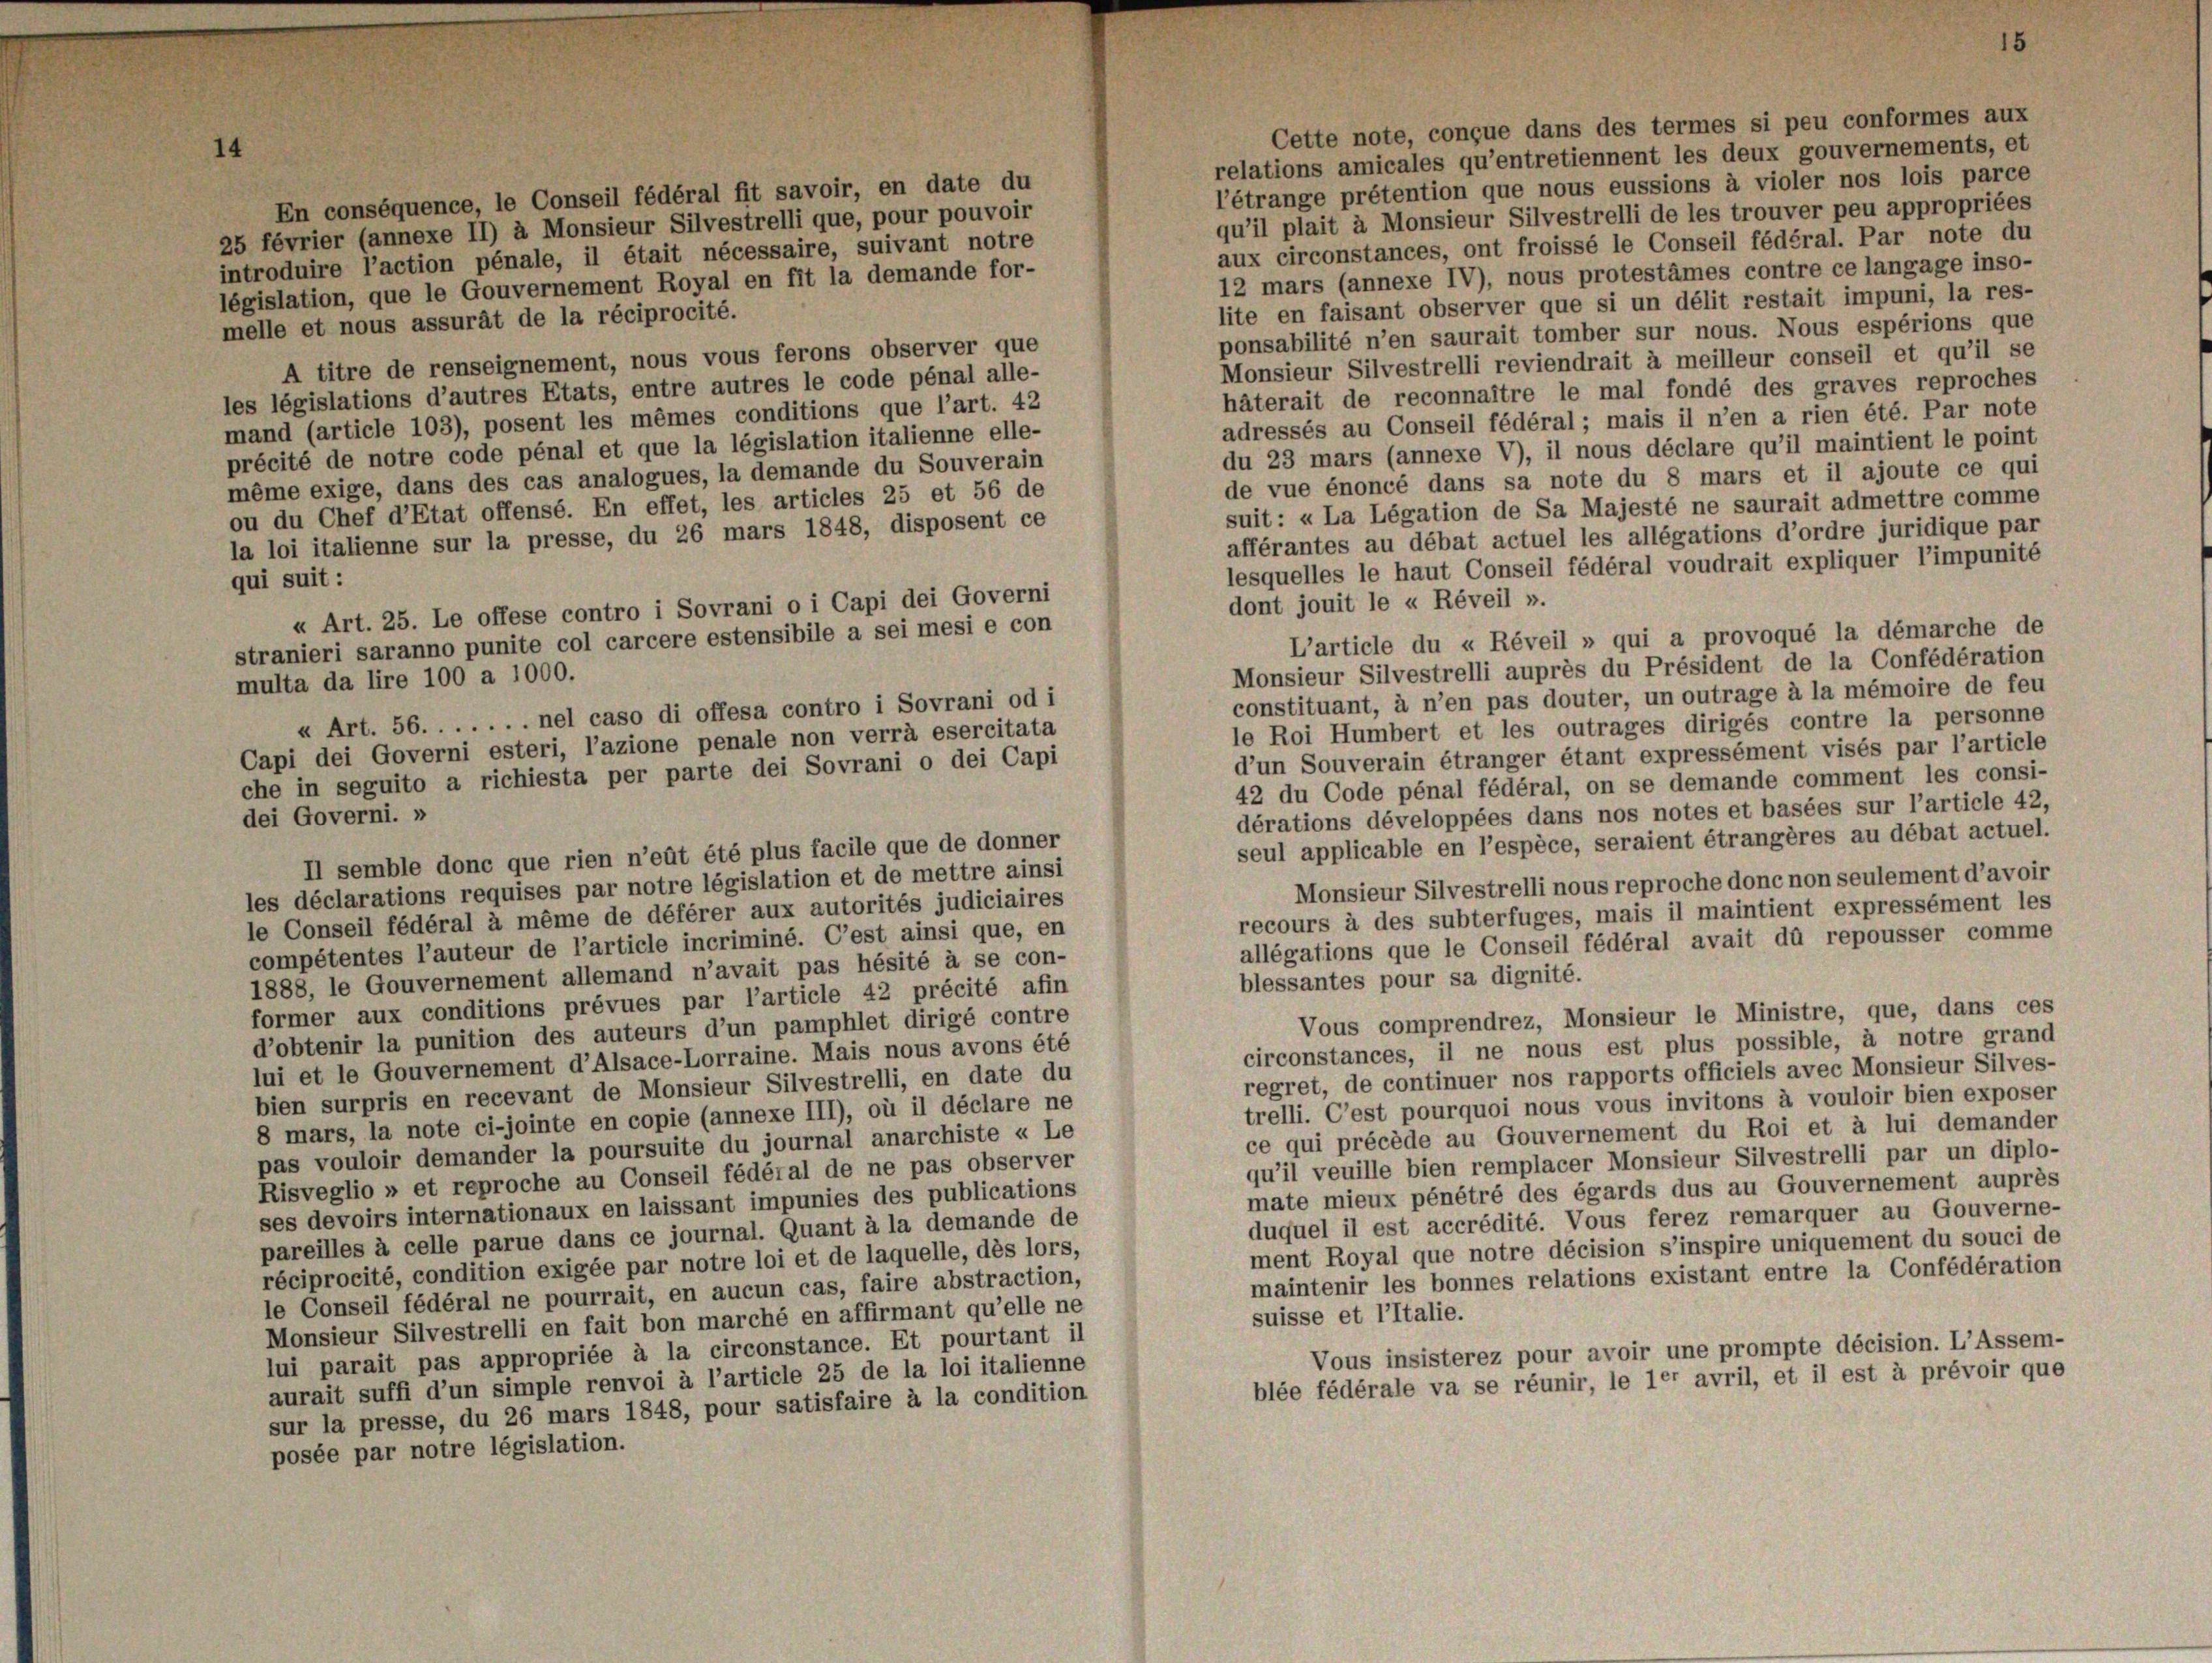
Cette note, conçue dans des termes si peu conformes aux
14
relations amicales qu’entretiennent les deux gouvernements, et
l’étrange prétention que nous eussions à violer nos lois parce
En conséquence, le Conseil fédéral fit savoir, en date du
qu’il plait à Monsieur Silvestrelli de les trouver peu appropriées
25 février (annexe II) à Monsieur Silvestrelli que, pour pouvoir
aux circonstances, ont froissé le Conseil fédéral. Par note du
introduire l’action pénale, il était nécessaire, suivant notre
12 mars (annexe IV), nous protestames contre ce langage inso-
législation, que le Gouvernement Royal en fit la demande for-
lite en faisant observer que si un délit restait impuni, la res-
melle et nous assurät de la réciprocité.
ponsabilité n’en saurait tomber sur nous. Nous espérions que
A titre de renseignement, nous vous ferons observer que
Monsieur Silvestrelli reviendrait à meilleur conseil et qu’il se
les législations d’autres Etats, entre autres le code pénal alle-
häterait de reconnaître le mal fondé des graves reproches
mand (article 103), posent les mêmes conditions que l’art. 42
adressés au Conseil fédéral; mais il n’en a rien été. Par note
précité de notre code pénal et que la législation italienne elle-
du 23 mars (annexe V), il nous déclare qu’il maintient le point
même exige, dans des cas analogues, la demande du Souverain
de vue énoncé dans sa note du 8 mars et il ajoute ce qui
ou du Chef d’Etat offensé. En effet, les articles 25 et 56 de
suit: «La Légation de Sa Majesté ne saurait admettre comme
la loi italienne sur la presse, du 26 mars 1848, disposent ce
afférantes au débat actuel les allégations d’ordre juridique par
lesquelles le haut Conseil fédéral voudrait expliquer l’impunité
qui suit:
dont jouit le u Réveil ».
u Art. 25. Le offese contro i Sovrani o i Capi dei Governi
stranieri saranno punite col carcere estensibile a sei mesi e con
multa da lire 100 a 1000.
constituant, à n’en pas douter, un outrage à la mémoire de feu
« Art. 56. . . . . . . nel caso di offesa contro i Sovrani od i
le Roi Humbert et les outrages dirigés contre la personne
Capi dei Governi esteri, l’azione penale non verrà esercitata
d’un Souverain étranger étant expressément visés par l’article
che in seguito a richiesta per parte dei Sovrani o dei Capi
42 du Code pénal fédéral, on se demande comment les consi-
dérations développées dans nos notes et basées sur l’article 42,
dei Governi. »
seul applicable en l’espèce, seraient étrangères au débat actuel.
Il semble donc que rien n’eût été plus facile que de donner
Monsieur Silvestrelli nous reproche donc non seulement d’avoir
les déclarations requises par notre législation et de mettre ainsi
recours à des subterfuges, mais il maintient expressément les
le Conseil fédéral à même de déférer aux autorités judiciaires
allégations que le Conseil fédéral avait dû repousser comme
compétentes l’auteur de l’article incriminé. C’est ainsi que, en
1888, le Gouvernement allemand n’avait pas hésité à se con-
blessantes pour sa dignité.
former aux conditions prévues par l’article 42 précité afin
Vous comprendrez, Monsieur le Ministre, que, dans ces
d’obtenir la punition des auteurs d’un pamphlet dirigé contre
circonstances, il ne nous est plus possible, à notre grand
lui et le Gouvernement d’Alsace-Lorraine. Mais nous avons été
regret, de continuer nos rapports officiels avec Monsieur Silves-
bien surpris en recevant de Monsieur Silvestrelli, en date du
trelli. C’est pourquoi nous vous invitons à vouloir bien exposer
8 mars, la note ci-jointe en copie (annexe III), où il déclare ne
ce qui précède au Gouvernement du Roi et à lui demander
pas vouloir demander la poursuite du journal anarchiste « Le
qu’il veuille bien remplacer Monsieur Silvestrelli par un diplo-
Risveglio » et reproche au Conseil fédéral de ne pas observer
mate mieux pénétré des égards dus au Gouvernement auprès
ses devoirs internationaux en laissant impunies des publications
duquel il est accrédité. Vous ferez remarquer au Gouverne-
pareilles à celle parue dans ce journal. Quant à la demande de
ment Royal que notre décision s’inspire uniquement du souci de
réciprocité, condition exigée par notre loi et de laquelle, dès lors,
maintenir les bonnes relations existant entre la Confédération
le Conseil fédéral ne pourrait, en aucun cas, faire abstraction,
suisse et l’Italie.
Monsieur Silvestrelli en fait bon marché en affirmant qu’elle ne
Vous insisterez pour avoir une prompte décision. L’Assem-
lui parait pas appropriée à la circonstance. Et pourtant il
aurait suffi d’un simple renvoi à l’article 25 de la loi italienne
blée fédérale va se réunir, le ler avril, et il est à prévoir que
sur la presse, du 26 mars 1848, pour satisfaire à la condition
posée par notre législation.

L’article du « Réveil » qui a provoqué la démarche de
Monsieur Silvestrelli auprès du Président de la Confédération